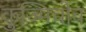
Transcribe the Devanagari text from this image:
कुज्मिचोव